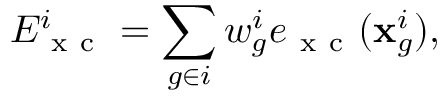
E _ { \mathrm { ~ x ~ c ~ } } ^ { i } = \sum _ { g \in i } w _ { g } ^ { i } e _ { \mathrm { ~ x ~ c ~ } } ( \mathbf { x } _ { g } ^ { i } ) ,